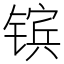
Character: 镔